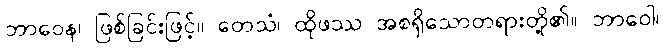
ဘာဝေန၊ ဖြစ်ခြင်းဖြင့်။ တေသံ၊ ထိုဖဿ အစရှိသောတရားတို့၏။ ဘာဝေါ၊